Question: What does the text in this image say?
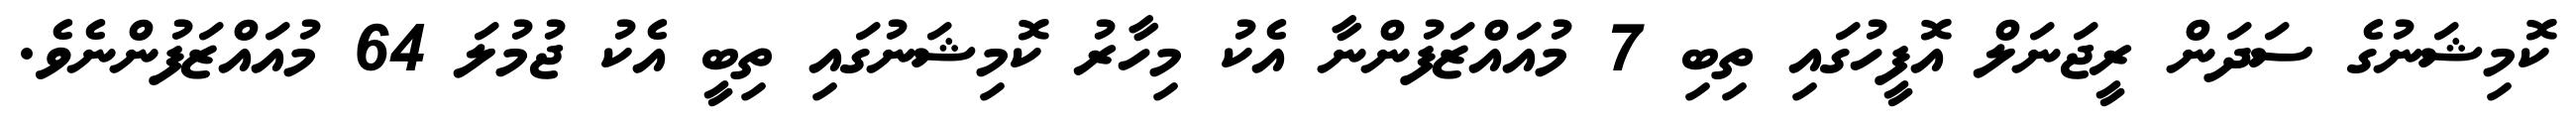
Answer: ކޮމިޝަނުގެ ސަދަން ރީޖަނަލް އޮފީހުގައި ތިބި 7 މުއައްޒަފުންނާ އެކު މިހާރު ކޮމިޝަނުގައި ތިބީ އެކު ޖުމުލަ 64 މުއައްޒަފުންނެވެ.